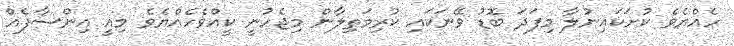
ހެއްޔެވެ ކުށަކައިނުލާ މިފަދަ ބޮޑު ވޭނަކައި ކުރިމަތިލާން މިޖެހުނީ ކީއްވެހެއްޔެވެ މިއީ އިންސާފެއް